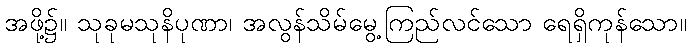
အဖို့၌။ သုခုမသုနိပုဏာ၊ အလွန်သိမ်မွေ့ကြည်လင်သော ရေရှိကုန်သော။